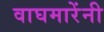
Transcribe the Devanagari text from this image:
वाघमारेंनी